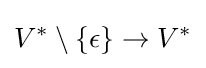
V^{*}\setminus \{\epsilon \}\to V^{*}